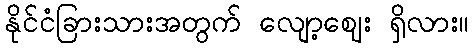
နိုင်ငံခြားသားအတွက် လျော့ဈေး ရှိလား။